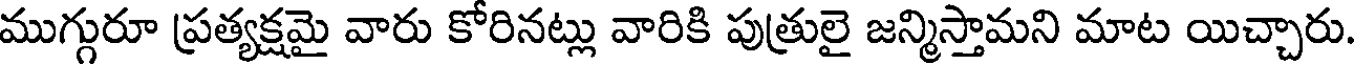
ముగ్గురూ ప్రత్యక్షమై వారు కోరినట్లు వారికి పుత్రులై జన్మిస్తామని మాట యిచ్చారు.